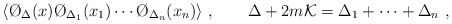
\begin{align*}\langle \O_{\Delta} (x) \O_{\Delta _1}(x_1) \cdots \O_{\Delta _n} (x_n) \rangle \ ,\qquad \Delta + 2m {\cal K}= \Delta _1 + \cdots + \Delta _n\ ,\end{align*}